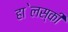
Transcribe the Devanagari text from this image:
हा॓लस्की